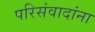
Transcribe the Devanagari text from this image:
परिसंवादांना